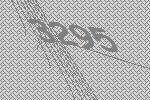
3295